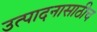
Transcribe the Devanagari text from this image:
उत्पादनासाठीच